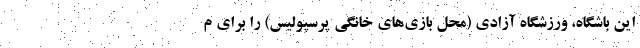
این باشگاه، ورزشگاه آزادی (محل بازی‌های خانگی پرسپولیس) را برای م